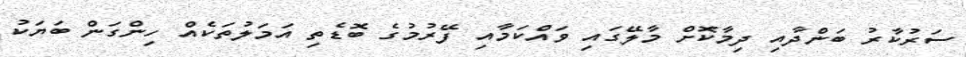
ސަރުކާރު ބަންދާއި ދިމާކޮށް މާލޭގައި ވައްކަމާއި ފޭރުމުގެ ބޮޑެތި އަމަލުތަކެއް ހިންގަން ބަޔަކު